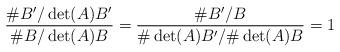
LaTeX: \begin{align*} \frac{\#B'/\det(A)B'}{\#B/\det(A)B} = \frac{\#B'/B}{\#\det(A)B'/\#\det(A)B} = 1 \end{align*}